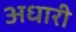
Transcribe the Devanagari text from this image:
अधारी